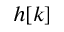
\displaystyle h [ k ]